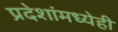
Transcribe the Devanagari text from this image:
प्रदेशांमध्येही